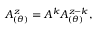
A _ { ( \theta ) } ^ { z } = A ^ { k } A _ { ( \theta ) } ^ { z - k } ,